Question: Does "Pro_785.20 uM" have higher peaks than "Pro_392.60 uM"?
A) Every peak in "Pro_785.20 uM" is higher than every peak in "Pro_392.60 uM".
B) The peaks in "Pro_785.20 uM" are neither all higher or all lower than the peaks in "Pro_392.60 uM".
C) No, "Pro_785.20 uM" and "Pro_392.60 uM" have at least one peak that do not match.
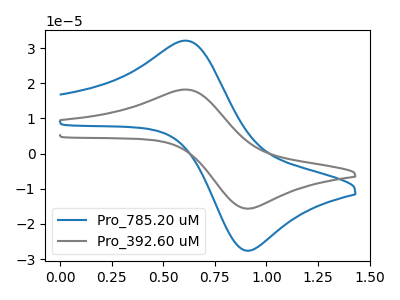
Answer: <think>The blue curve "Pro_785.20 uM" has an anodic peak at (0.60V, 32.10uA) and a cathodic peak at (0.90V, -27.65uA). The gray curve "Pro_392.60 uM" has an anodic peak at (0.60V, 18.20uA) and a cathodic peak at (0.90V, -15.65uA).</think>
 <answer>A) Every peak in "Pro_785.20 uM" is higher than every peak in "Pro_392.60 uM".</answer>
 <eval>A</eval>